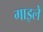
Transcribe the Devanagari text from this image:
गाइले